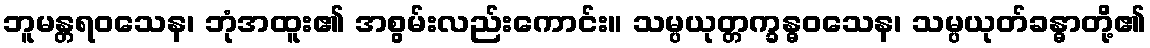
ဘူမန္တရဝသေန၊ ဘုံအထူး၏ အစွမ်းလည်းကောင်း။ သမ္ပယုတ္တက္ခန္ဓဝသေန၊ သမ္ပယုတ်ခန္ဓာတို့၏